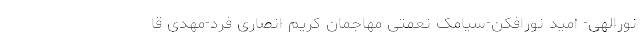
نورالهی- امید نورافکن-سیامک نعمتی مهاجمان کریم انصاری فرد-مهدی قا